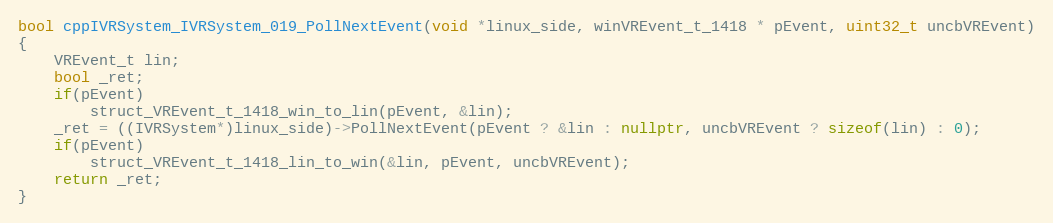
Language: C++
bool cppIVRSystem_IVRSystem_019_PollNextEvent(void *linux_side, winVREvent_t_1418 * pEvent, uint32_t uncbVREvent)
{
    VREvent_t lin;
    bool _ret;
    if(pEvent)
        struct_VREvent_t_1418_win_to_lin(pEvent, &lin);
    _ret = ((IVRSystem*)linux_side)->PollNextEvent(pEvent ? &lin : nullptr, uncbVREvent ? sizeof(lin) : 0);
    if(pEvent)
        struct_VREvent_t_1418_lin_to_win(&lin, pEvent, uncbVREvent);
    return _ret;
}